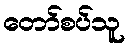
တော်စပ်သူ